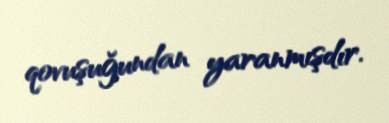
qovuşuğundan yaranmışdır.